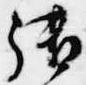
御